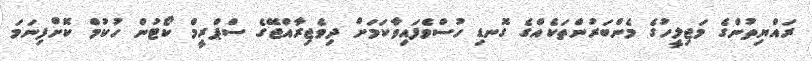
ރައްޔިތުންގެ މަޖިލީހުގެ މެންބަރުންތަކެއްގެ ގޮނޑި ހުސްވެފައިވާކަމަށް ދިވެޖިރާއްޖޭގެ ސްޕްރީމް ކޯޓުން ހުކުމް ކޮށްފިނަމަ